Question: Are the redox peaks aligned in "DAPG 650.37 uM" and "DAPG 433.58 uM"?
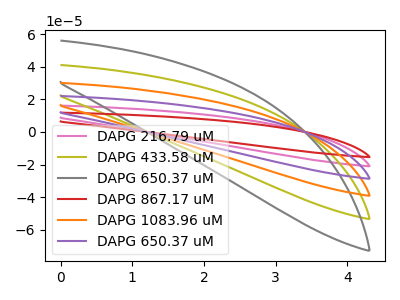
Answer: <think>The pink curve "DAPG 216.79 uM" has no peaks. The olive curve "DAPG 433.58 uM" has no peaks. The gray curve "DAPG 650.37 uM" has no peaks. The red curve "DAPG 867.17 uM" has no peaks. The orange curve "DAPG 1083.96 uM" has no peaks. The purple curve "DAPG 650.37 uM" has no peaks.</think>
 <answer>Niether CV has any peaks.</answer>
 <eval>blanks</eval>